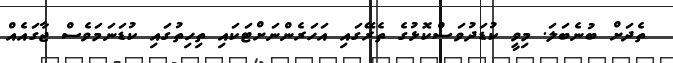
ތެދަށް ބުނެބަލަ. މިވީ ކުޑަދުވަސްކޮޅުގެ ތެރޭގައި އަހަރެންނަށްޓަކައި ތިހިތުގައި ކުޑަނަމަވެސް ޖާގައެއް